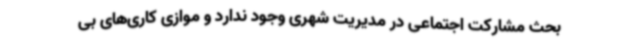
بحث مشارکت اجتماعی در مدیریت شهری وجود ندارد و موازی کاری‌های بی‌